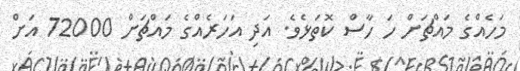
މަހެއްގެ މައްޗަށް ހަ ހާސް ކޮތަޅެވެ. އަދި އަހަރެއްގެ މައްޗަށް 72000 އަށް